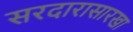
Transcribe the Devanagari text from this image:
सरदारासारखा